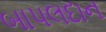
બાપલદાન